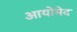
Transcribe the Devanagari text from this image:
आयोमेद